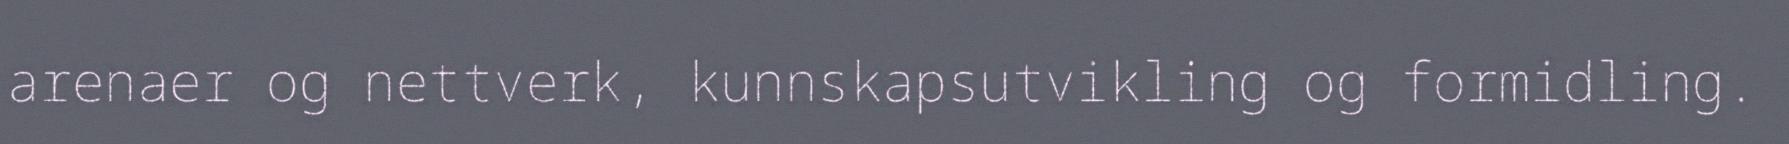
arenaer og nettverk, kunnskapsutvikling og formidling.